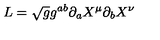
L = \sqrt { g } g ^ { a b } \partial _ { a } X ^ { \mu } \partial _ { b } X ^ { \nu }